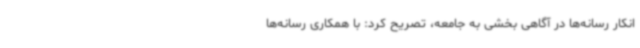
انکار رسانه‌ها در آگاهی بخشی به جامعه، تصریح کرد: با همکاری رسانه‌ها